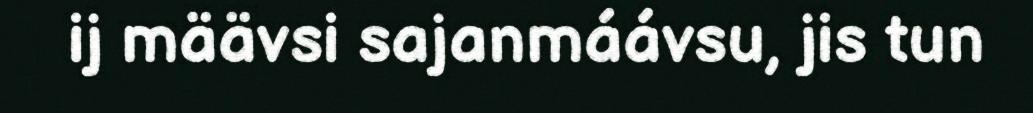
ij määvsi sajanmáávsu, jis tun